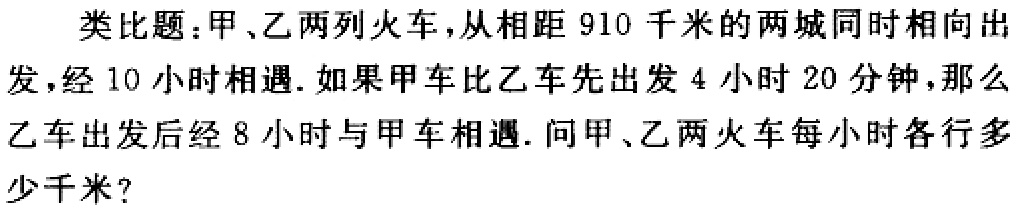
类比题：甲、乙两列火车，从相距 910 千米的两城同时相向出发，经 10 小时相遇. 如果甲车比乙车先出发 4 小时 20 分钟，那么乙车出发后经 8 小时与甲车相遇. 问甲、乙两火车每小时各行多少千米?